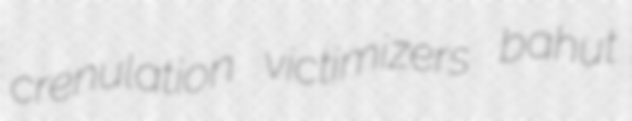
crenulation victimizers bahut